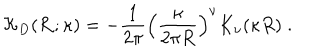
{ \mathcal K } _ { { D } } ( { \bf R } ; \kappa ) = - \frac { 1 } { 2 \pi } \left( \frac { \kappa } { 2 \pi R } \right) ^ { \nu } K _ { \nu } ( \kappa R ) \; .